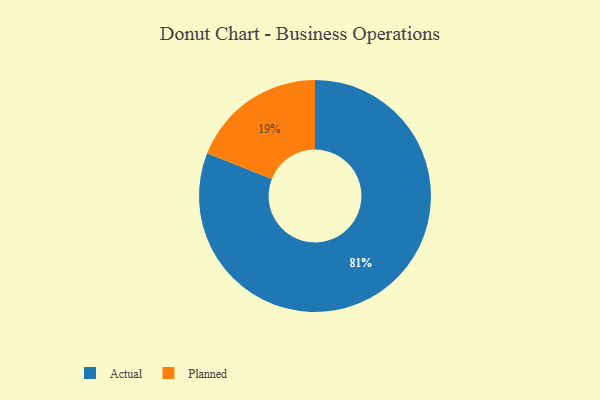
{"axis": {"x": "Category", "y": "Percentage"}, "legend": ["Actual", "Planned"], "data": [{"x": "Planned", "y": 19, "type": "Planned"}, {"x": "Actual", "y": 81, "type": "Actual"}]}